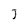
Character: J